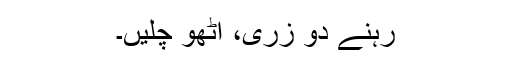
رہنے دو زری، اٹھو چلیں۔